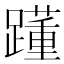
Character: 𨆟